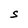
Character: S